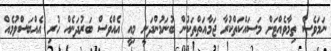
ނަމަވެސް ތިމާވެއްޓަށް މަސައްކަތްކުރާ ޖަމާއަތްތަކުން ބުނަމުންދަނީ މިއީ އެއްވެސް ބަރުދަނެއް ހުރި އެއްބަސްވުމެއް